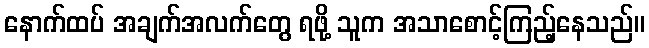
နောက်ထပ် အချက်အလက်တွေ ရဖို့ သူက အသာစောင့်ကြည့်နေသည်။